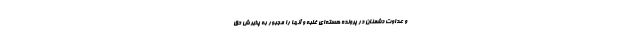
و عداوت دشمنان در پرونده هسته‌ای غلبه و آنها را مجبور به پذیرش حق